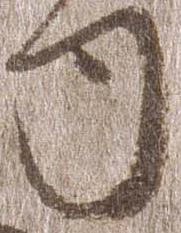
司